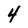
Character: 4